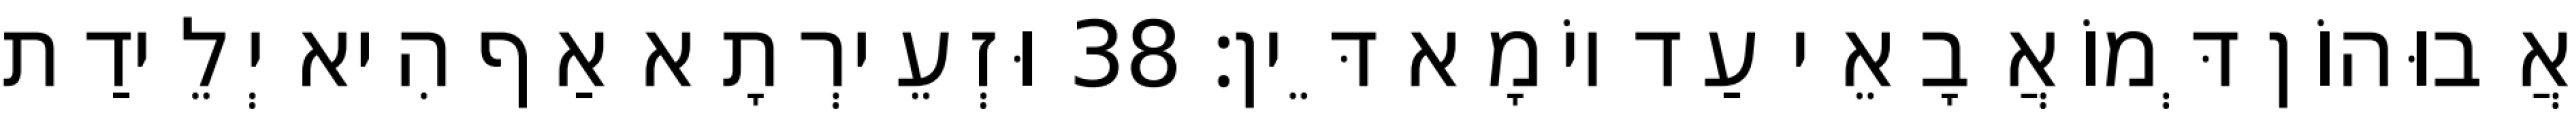
אֲבוּהוֹן דְּמוֹאֲבָאֵי עַד יוֹמָא דֵּין׃ 38 וּזְעֵירְתָא אַף הִיא יְלֵידַת